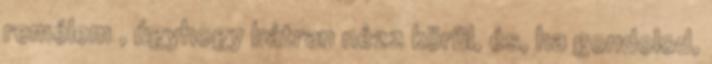
remélem , úgyhogy bátran nézz körül, és, ha gondolod,